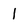
Character: 1